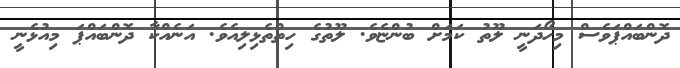
ދޮންބައްޕަވެސް މިހޯދަނީ ލޫތު ކަމަށް ބުންޏެވެ. ލޫތުގެ ހިތްތެޅިލިއެވެ. އަނެއްކާ ދޮންބައްޕަ މިއުޅެނީ